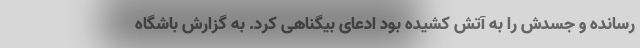
رسانده و جسدش را به آتش کشیده بود ادعای بیگناهی کرد. به گزارش باشگاه